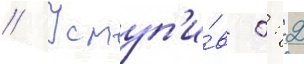
// Уступ'и́в 0: 2